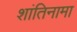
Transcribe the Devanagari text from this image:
शांतिनामा